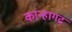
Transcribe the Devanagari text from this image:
कान्हागढ़